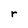
Character: r